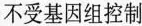
不受基因组控制